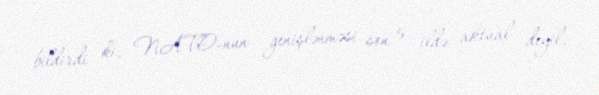
bildirdi ki, NATO-nun genişlənməsi son 5 ildə aktual deyil.